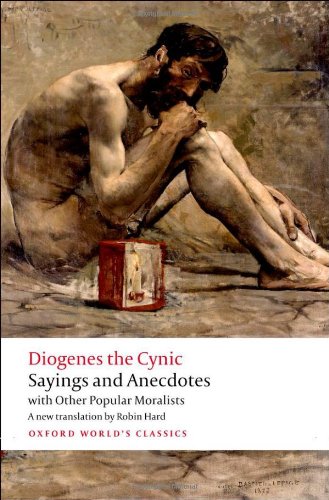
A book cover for Diogenes the Cynic: Sayings and Anecdotes, With Other Popular Moralists; Diogenes the Cynic; Politics & Social Sciences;